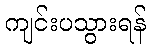
ကျင်းပသွားရန်